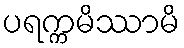
ပရက္ကမိဿာမိ